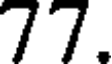
77.